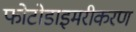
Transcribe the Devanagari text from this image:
फोटोडाइमरीकरण